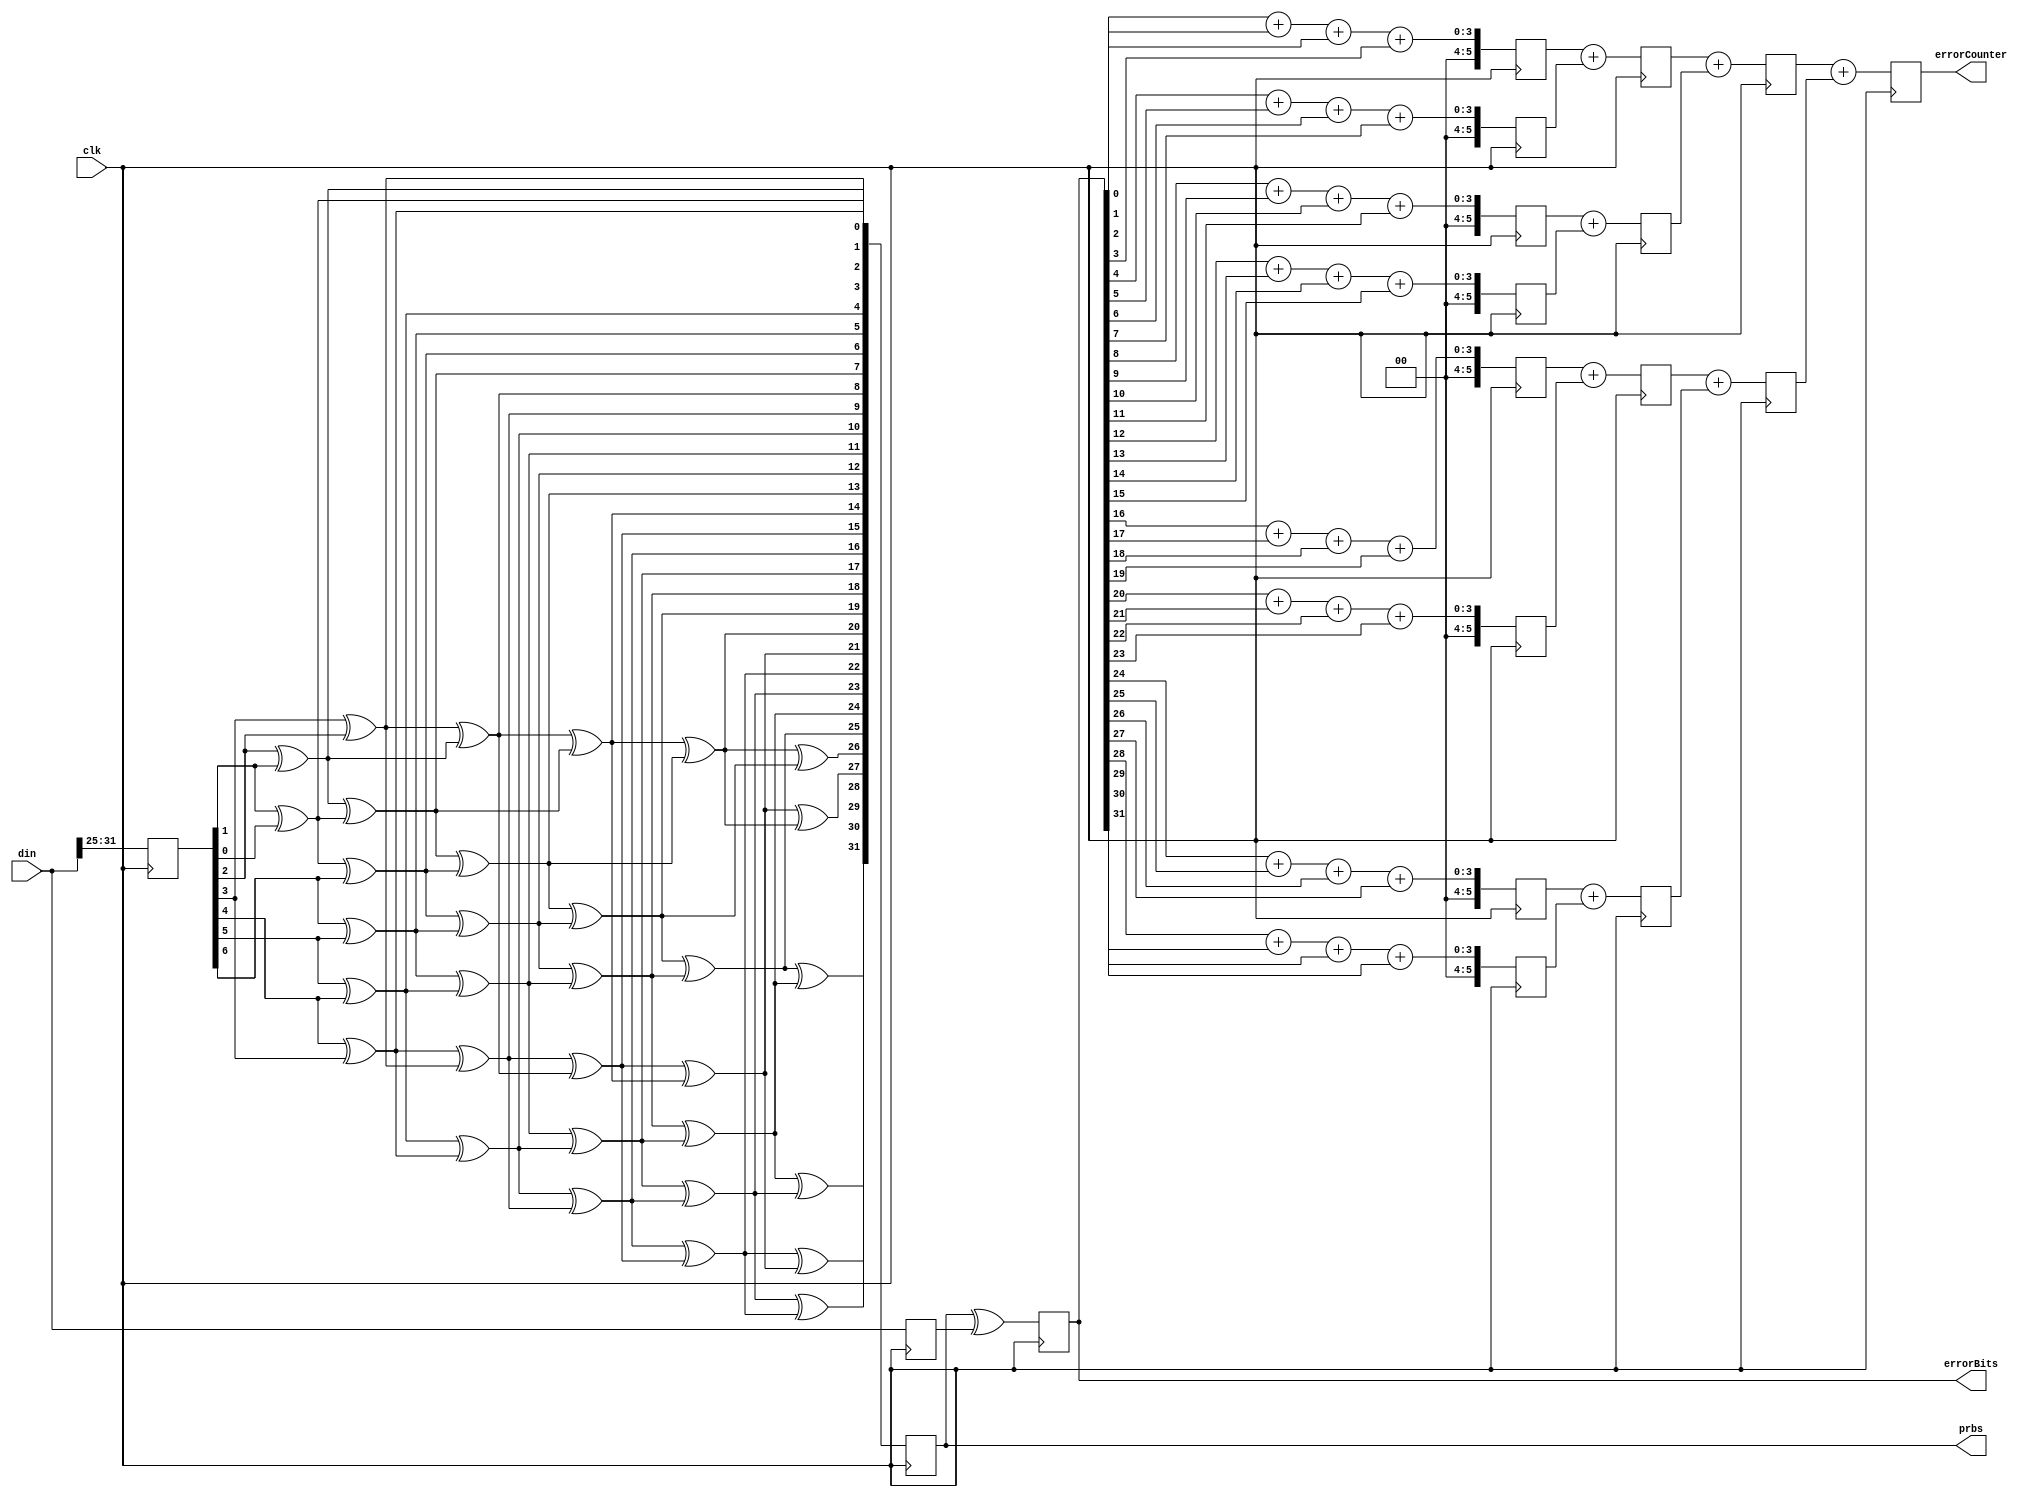
module PRBS7Check
(
	input                   clk,            //40MHz
	input [31:0]   din,
    output  reg [31:0]  prbs,
    output  [31:0]  errorBits,
    output [5:0]    errorCounter           //error flag if it is not prbs7
);
    reg [6:0] r;
    always @(posedge clk) 
    begin
        r <= din[31:32-7];  //only keep the last 7 bits
    end

    wire [6:0] c [32:0]; //chain for iteration
    wire [31 : 0] prbsNet;
    generate
        genvar i;
        for (i = 0 ; i < 32; i = i + 1)
        begin : loop_itr
            assign prbsNet[i] = c[i][1]^c[i][0];            
            assign c[i+1] = {prbsNet[i],c[i][6:1]}; //LSB out, 
        end
    endgenerate
    assign c[0] = r;

    reg [32-1:0] errorBits;
    reg [31:0] din1D;


    reg [5:0] c1 [7:0];
    reg [5:0] c2 [3:0];
    reg [5:0] c3 [1:0];
    reg [5:0] c4;
 
    always @(posedge clk)
    begin
        din1D <= din;
        prbs <= prbsNet;
        errorBits <= prbs ^ din1D;
        c1[0] <= {5'd0,errorBits[0]}+
                 {5'd0,errorBits[1]}+
                 {5'd0,errorBits[2]}+
                 {5'd0,errorBits[3]};
        c1[1] <= {5'd0,errorBits[4]}+
                 {5'd0,errorBits[5]}+
                 {5'd0,errorBits[6]}+
                 {5'd0,errorBits[7]};
        c1[2] <= {5'd0,errorBits[8]}+
                 {5'd0,errorBits[9]}+
                 {5'd0,errorBits[10]}+
                 {5'd0,errorBits[11]};
        c1[3] <= {5'd0,errorBits[12]}+
                 {5'd0,errorBits[13]}+
                 {5'd0,errorBits[14]}+
                 {5'd0,errorBits[15]};
        c1[4] <= {5'd0,errorBits[16]}+
                 {5'd0,errorBits[17]}+
                 {5'd0,errorBits[18]}+
                 {5'd0,errorBits[19]};
        c1[5] <= {5'd0,errorBits[20]}+
                 {5'd0,errorBits[21]}+
                 {5'd0,errorBits[22]}+
                 {5'd0,errorBits[23]};
        c1[6] <= {5'd0,errorBits[24]}+
                 {5'd0,errorBits[25]}+
                 {5'd0,errorBits[26]}+
                 {5'd0,errorBits[27]};
        c1[7] <= {5'd0,errorBits[28]}+
                 {5'd0,errorBits[29]}+
                 {5'd0,errorBits[30]}+
                 {5'd0,errorBits[31]};

         c2[0] <= c1[0] + c1[1];
         c2[1] <= c1[2] + c1[3];
         c2[2] <= c1[4] + c1[5];
         c2[3] <= c1[6] + c1[7];

         c3[0] <= c2[0] + c2[1];
         c3[1] <= c2[2] + c2[3];            

         c4 <= c3[0] + c3[1];

    end
    //assign errorBits = prbs ^ din; 
    //assign error = (prbs != din);
    assign errorCounter = c4;
/*    assign errorCounter =   {5'd0,errorBits[0]}+
                            {5'd0,errorBits[1]}+
                            {5'd0,errorBits[2]}+
                            {5'd0,errorBits[3]}+
                            {5'd0,errorBits[4]}+
                            {5'd0,errorBits[5]}+
                            {5'd0,errorBits[6]}+
                            {5'd0,errorBits[7]}+
                            {5'd0,errorBits[8]}+
                            {5'd0,errorBits[9]}+
                            {5'd0,errorBits[10]}+
                            {5'd0,errorBits[11]}+
                            {5'd0,errorBits[12]}+
                            {5'd0,errorBits[13]}+
                            {5'd0,errorBits[14]}+
                            {5'd0,errorBits[15]}+
                            {5'd0,errorBits[16]}+
                            {5'd0,errorBits[17]}+
                            {5'd0,errorBits[18]}+
                            {5'd0,errorBits[19]}+
                            {5'd0,errorBits[20]}+
                            {5'd0,errorBits[21]}+
                            {5'd0,errorBits[22]}+
                            {5'd0,errorBits[23]}+
                            {5'd0,errorBits[24]}+
                            {5'd0,errorBits[25]}+
                            {5'd0,errorBits[26]}+
                            {5'd0,errorBits[27]}+
                            {5'd0,errorBits[28]}+
                            {5'd0,errorBits[29]}+
                            {5'd0,errorBits[30]}+
                            {5'd0,errorBits[31]};
*/
endmodule